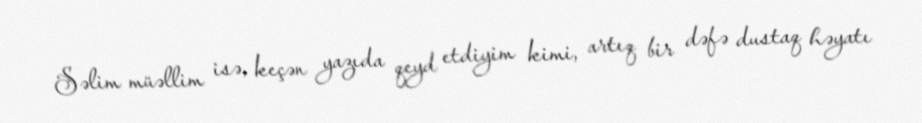
Səlim müəllim isə, keçən yazıda qeyd etdiyim kimi, artıq bir dəfə dustaq həyatı